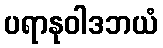
ပရာနုဝါဒဘယံ